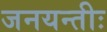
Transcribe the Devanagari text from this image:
जनयन्तीः